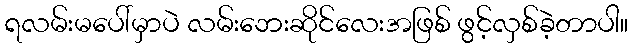
ရလမ်းမပေါ်မှာပဲ လမ်းဘေးဆိုင်လေးအဖြစ် ဖွင့်လှစ်ခဲ့တာပါ။